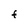
Character: F